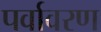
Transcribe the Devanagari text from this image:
पर्वावरण